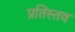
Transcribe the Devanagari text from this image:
प्रतिस्तव